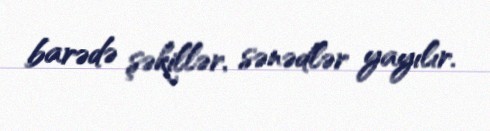
barədə şəkillər, sənədlər yayılır.